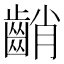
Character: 𪘞